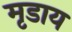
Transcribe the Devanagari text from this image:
मृडाय